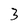
Character: 3